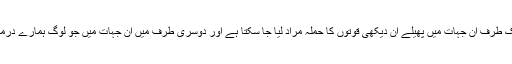
ان جہات سے تو ایک طرف ان جہات میں پھیلے ان دیکھی قوتوں کا حملہ مراد لیا جا سکتا ہے اور دوسری طرف میں ان جہات میں جو لوگ ہمارے درمیان ہیں وہ مراد ہیں۔